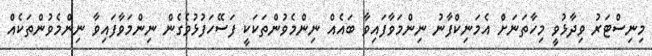
މިނިސްޓަރު ވިދާޅުވީ މިހާތަނަށް އެމަނިކްފާނު ނިންމަވާފައިވާ ބައެއް ނިންމެވުންތަކަކީ ފަސޭހަފުޅުވެގެން ނިންމަވާފައިވާ ނިންމެވުންތަކެއް